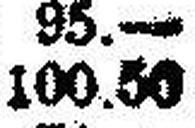
100.50